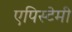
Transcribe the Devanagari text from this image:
एपिस्टेमी